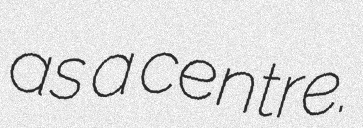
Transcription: as a centre.